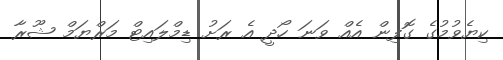
ކިޔެވުމުގެ ގޮފިން އެއް ވަނަ ހޯދީ އެ ރަށު ޑިމްލައިޓް މަރްޔަމް ޝޫރާ